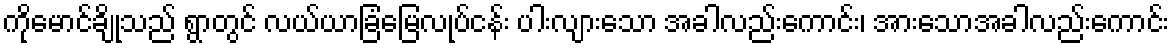
ကိုမောင်ချိုသည် ရွာတွင် လယ်ယာခြံမြေလုပ်ငန်း ပါးလျားသော အခါလည်းကောင်း၊ အားသောအခါလည်းကောင်း